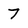
Character: 7